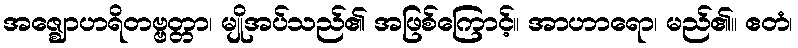
အဇ္ဈောဟရိတဗ္ဗတ္တာ၊ မျိုအပ်သည်၏ အဖြစ်ကြောင့်။ အာဟာရော၊ မည်၏။ ဧတံ၊